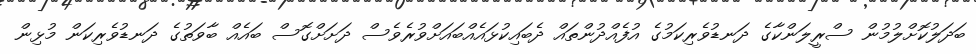
ބަދަލުކޮށްލުމުން ސްރީލަންކާގެ ދަނޑުވެރިކަމުގެ އުފެއްދުންތައް ދެބައިކުޅައެއްބައަށްވުރެވެސް ދަށަށްގޮސް ބައެއް ބާވަތުގެ ދަނޑުވެރިކަން މުޅިން